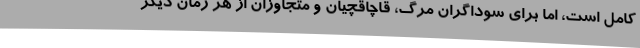
کامل است، اما برای سوداگران مرگ، قاچاقچیان و متجاوزان از هر زمان دیگر